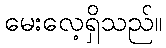
မေးလေ့ရှိသည်။